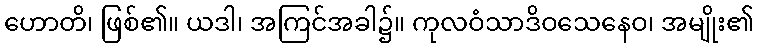
ဟောတိ၊ ဖြစ်၏။ ယဒါ၊ အကြင်အခါ၌။ ကုလဝံသာဒိဝသေနေဝ၊ အမျိုး၏